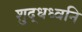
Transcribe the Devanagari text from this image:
शुद्धध्वनि